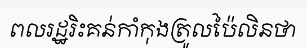
ពលរដ្ឋរិះគន់កាំកុងត្រូលប៉ៃលិនថា